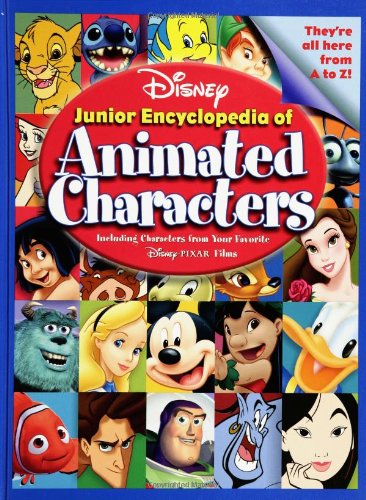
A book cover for Disney's Junior Encyclopedia of Animated Characters: Including Characters from Your Favorite Disney Pixar Films; M. L. Dunham; Humor & Entertainment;